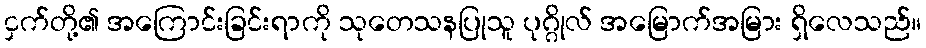
ငှက်တို့၏ အကြောင်းခြင်းရာကို သုတေသနပြုသူ ပုဂ္ဂိုလ် အမြောက်အမြား ရှိလေသည်။